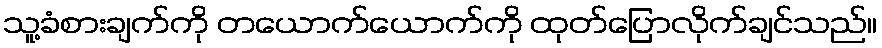
သူ့ခံစားချက်ကို တယောက်ယောက်ကို ထုတ်ပြောလိုက်ချင်သည်။